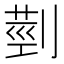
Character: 𦳲